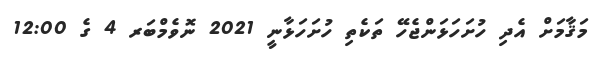
މަޤާމަށް އެދި ހުށަހަޅަންޖެހޭ ތަކެތި ހުށަހަޅާނީ 2021 ނޮވެމްބަރ 4 ގެ 12:00